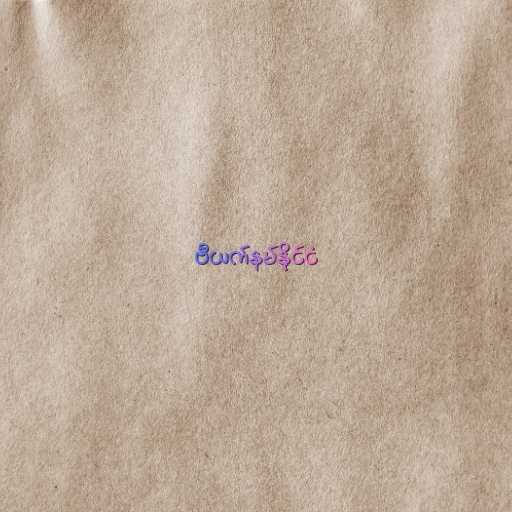
ဗီယက်နမ်နိုင်ငံ